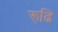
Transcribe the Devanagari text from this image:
रूढि़